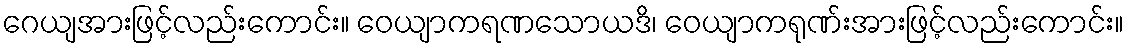
ဂေယျအားဖြင့်လည်းကောင်း။ ဝေယျာကရဏသောယဒိ၊ ဝေယျာကရုဏ်းအားဖြင့်လည်းကောင်း။